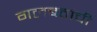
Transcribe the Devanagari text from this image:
गलबतांची